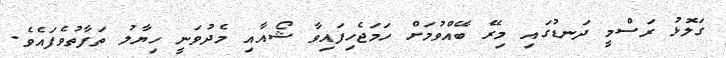
ގަލޮޅު ރަސްމީ ދަނޑުގައި މިރޭ ބޭއްވުމަށް ހަމަޖެހިފައިވާ ޝޯއާއި މެދުވަނީ ހިޔާލު ތަފާތުވެފައެވެ.